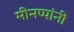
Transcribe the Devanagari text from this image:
मीनप्पांनी